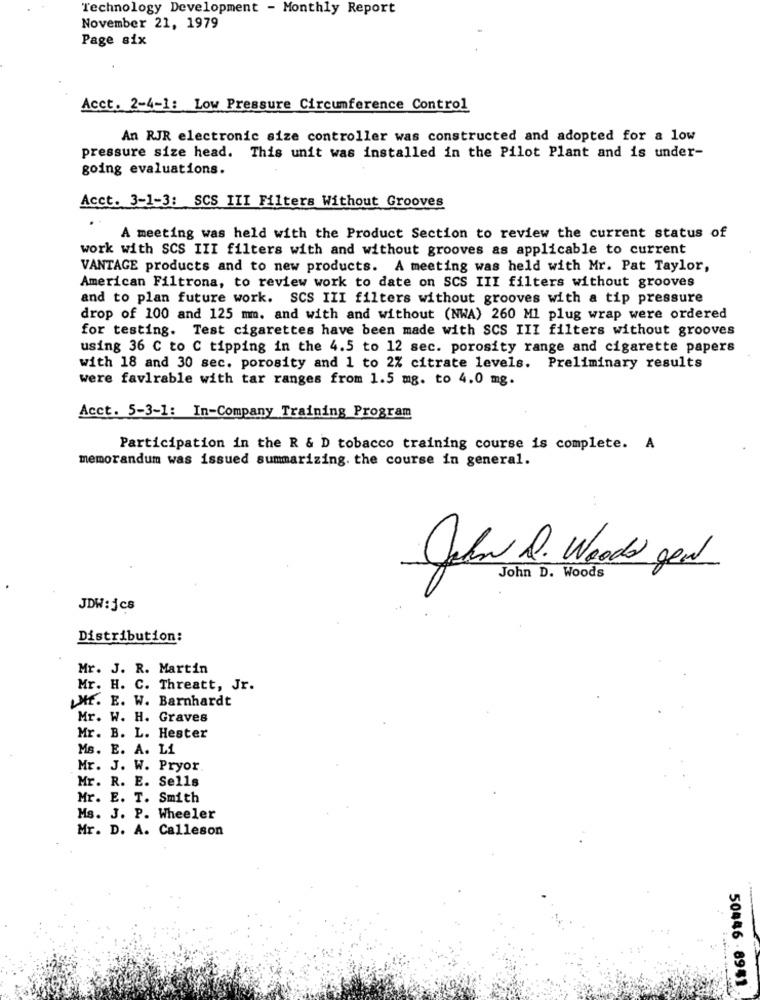
Technology Development - Monthly Report
November 21, 1979
Page six
Acct. 2-4-1: Low Pressure Circumference Control
An RJR electronic size controller was constructed and adopted for a low
pressure size head. This unit was installed in the Pilot Plant and is under-
going evaluations.
Acct. 3-1-3: SCS III Filters Without Grooves
A meeting was held with the Product Section to review the current status of
work with SCS III filters with and without grooves as applicable to current
VANTAGE products and to new products. A meeting was held with Mr. Pat Taylor,
American Filtrona, to review work to date on SCS III filters without grooves
and to plan future work. SCS III filters without grooves with a tip pressure
drop of 100 and 125 mm. and with and without (NWA) 260 Ml plug wrap were ordered
for testing. Test cigarettes have been made with SCS III filters without grooves
using 36 C to C tipping in the 4.5 to 12 sec. porosity range and cigarette papers
with 18 and 30 sec. porosity and 1 to 2% citrate levels. Preliminary results
were favlrable with tar ranges from 1.5 mg. to 4.0 mg.
Acct. 5-3-1: In-Company Training Program
Participation in the R & D tobacco training course is complete. A
memorandum was issued summarizing. the course in general.
John D. Woods
John D. Woods geat
JDW:jcs
Distribution:
Mr. J. R. Martin
Mr. H. C. Threatt, Jr.
Mr. E. W. Barnhardt
Mr. W. H. Graves
Mr. B. L. Hester
Ms. E. A. Li
Mr. J. W. Pryor
Mr. R. E. Sells
Mr. E. T. Smith
Ms. J. P. Wheeler
Mr. D. A. Calleson
50446 - 8981